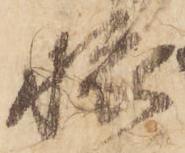
旅